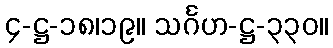
၄-ဋ္ဌ-၁၈၊၁၉။ သင်္ဂဟ-ဋ္ဌ-၃၃၀။